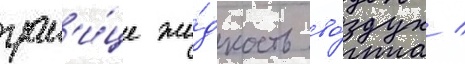
гран'и́це жи́дкость во́здух /